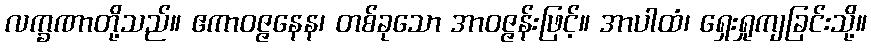
လက္ခဏာတို့သည်။ ဧကာဝဇ္ဇနေန၊ တစ်ခုသော အာဝဇ္ဇန်းဖြင့်။ အာပါထံ၊ ရှေးရှုကျခြင်းသို့။